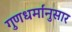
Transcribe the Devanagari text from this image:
गुणधर्मांनुसार